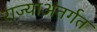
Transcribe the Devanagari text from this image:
राज्याअंतर्गत